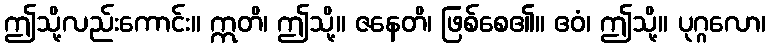
ဤသို့လည်းကောင်း။ ဣတိ၊ ဤသို့။ ဇနေတိ၊ ဖြစ်စေ၏။ ဧဝံ၊ ဤသို့။ ပုဂ္ဂလော၊